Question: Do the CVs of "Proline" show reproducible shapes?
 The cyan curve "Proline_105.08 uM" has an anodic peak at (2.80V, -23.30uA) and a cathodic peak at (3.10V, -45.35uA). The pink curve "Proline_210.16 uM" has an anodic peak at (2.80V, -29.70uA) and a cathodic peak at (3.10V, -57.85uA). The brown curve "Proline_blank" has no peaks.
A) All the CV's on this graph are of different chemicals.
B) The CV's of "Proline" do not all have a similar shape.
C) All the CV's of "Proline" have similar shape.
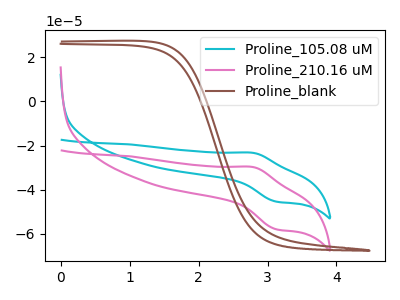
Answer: <think>All the peaks in "Proline_105.08 uM" have a peak in "Proline_210.16 uM" at the same potential. "Proline_105.08 uM" and "Proline_blank" have a different number of peaks. "Proline_210.16 uM" and "Proline_blank" have a different number of peaks.
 </think>
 <answer>C) All the CV's of "Proline" have similar shape.</answer>
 <eval>C</eval>